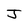
Character: J